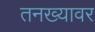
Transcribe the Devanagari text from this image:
तनख्यावर